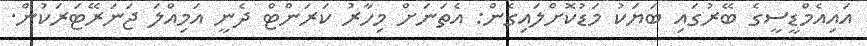
އައިއެމްޑީސީގެ ބޭރުގައި ބަޔަކު މަޑުކޮށްލައިގެން: އެތަނަށް މިހާރު ކަރަންޓް ދެނީ އަމިއްލަ ޖަނަރޭޓަރަކުން.